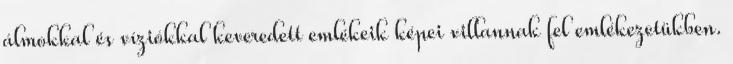
álmokkal és víziókkal keveredett emlékeik képei villannak fel emlékezetükben.